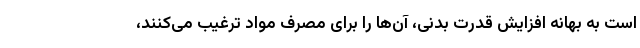
است به بهانه افزایش قدرت بدنی، آن‌ها را برای مصرف مواد ترغیب می‌کنند،